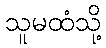
သူမထံသို့